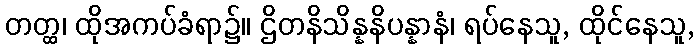
တတ္ထ၊ ထိုအကပ်ခံရာ၌။ ဌိတနိသိန္နနိပန္နာနံ၊ ရပ်နေသူ, ထိုင်နေသူ,